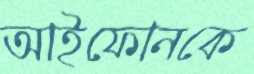
আইফোনকে